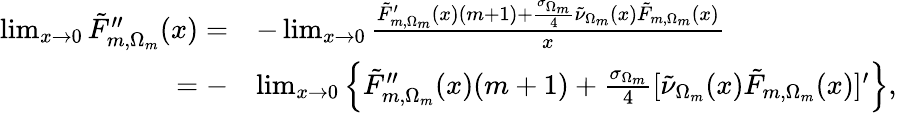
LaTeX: \begin{array}{rl}{\operatorname*{lim}_{x\rightarrow 0}\tilde{F}_{m,\Omega_{m}}^{\prime\prime}(x)=}&{-\operatorname*{lim}_{x\rightarrow 0}\frac{\tilde{F}_{m,\Omega_{m}}^{\prime}(x)(m+1)+\frac{\sigma_{\Omega_{m}}}{4}\tilde{\nu}_{\Omega_{m}}(x)\tilde{F}_{m,\Omega_{m}}(x)}{x}}\\ {=-}&{\operatorname*{lim}_{x\rightarrow 0}\left\{ \tilde{F}_{m,\Omega_{m}}^{\prime\prime}(x)(m+1)+\frac{\sigma_{\Omega_{m}}}{4}[\tilde{\nu}_{\Omega_{m}}(x)\tilde{F}_{m,\Omega_{m}}(x)]^{\prime}\right\} ,}\end{array}